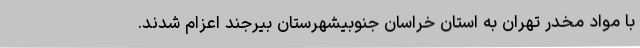
با مواد مخدر تهران به استان خراسان جنوبیشهرستان بیرجند اعزام شدند.